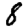
Digit: 8